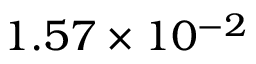
1 . 5 7 \times 1 0 ^ { - 2 }